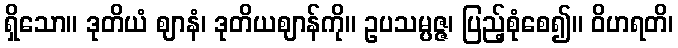
ရှိသော။ ဒုတိယံ ဈာနံ၊ ဒုတိယဈာန်ကို။ ဥပသမ္ပဇ္ဇ၊ ပြည့်စုံစေ၍။ ဝိဟရတိ၊